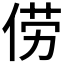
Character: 𫢬